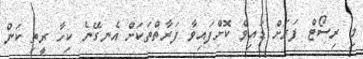
މި ރިސޯޓް ފަރަށް ޑައިވް ކޮށްފައިވާ ފަރާތްތަކަށް އެނގޭނެ ކިހާ ރީތި ކަން